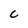
Character: C